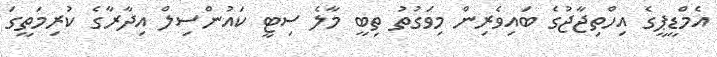
އެމްޑީޕީގެ އިހްތިޖާޖުގެ ބައިވެރިން މިވަގުތު ތިބީ މާލެ ސިޓީ ކައުންސިލް އިދާރާގެ ކުރިމަތީގަ